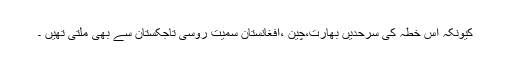
کیونکہ اس خطہ کی سرحدیں بھارت،چین ،افغانستان سمیت روسی تاجکستان سے بھی ملتی تھیں ۔